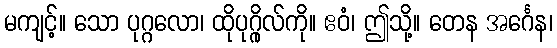
မကျင့်။ သော ပုဂ္ဂလော၊ ထိုပုဂ္ဂိုလ်ကို။ ဧဝံ၊ ဤသို့။ တေန အင်္ဂေန၊